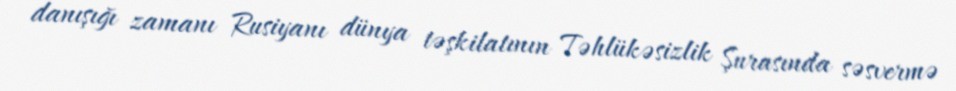
danışığı zamanı Rusiyanı dünya təşkilatının Təhlükəsizlik Şurasında səsvermə